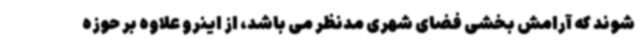
شوند که آرامش بخشی فضای شهری مدنظر می باشد، از اینرو علاوه بر حوزه